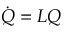
\dot { Q } = L Q